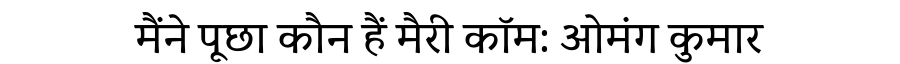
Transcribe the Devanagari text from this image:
मैंने पूछा कौन हैं मैरी कॉम: ओमंग कुमार